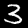
Label: 3